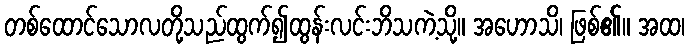
တစ်ထောင်သောလတို့သည်ထွက်၍ထွန်းလင်းဘိသကဲ့သို့။ အဟောသိ၊ ဖြစ်၏။ အထ၊